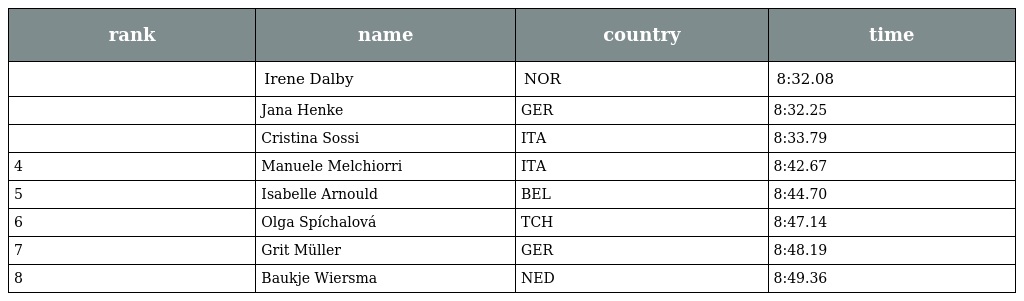
| rank | name | country | time |
 | --- | --- | --- | --- |
 |  | Irene Dalby | NOR | 8:32.08 |
 |  | Jana Henke | GER | 8:32.25 |
 |  | Cristina Sossi | ITA | 8:33.79 |
 | 4 | Manuele Melchiorri | ITA | 8:42.67 |
 | 5 | Isabelle Arnould | BEL | 8:44.70 |
 | 6 | Olga Spíchalová | TCH | 8:47.14 |
 | 7 | Grit Müller | GER | 8:48.19 |
 | 8 | Baukje Wiersma | NED | 8:49.36 |